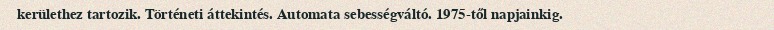
kerülethez tartozik. Történeti áttekintés. Automata sebességváltó. 1975-től napjainkig.